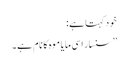
خود کہتا ہے:
’’سنسار اسی مایا موہ کا نام ہے۔